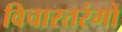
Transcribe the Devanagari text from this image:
विचारतरंगों